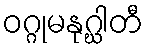
ဝဂ္ဂုမနုဂ္ဃါတီ